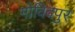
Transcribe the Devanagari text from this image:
गोविदपुर